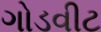
ગોડવીટ